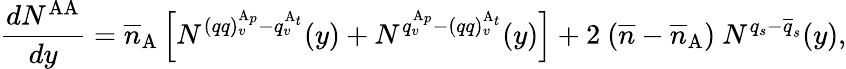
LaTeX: \frac{dN^{\mathrm{AA}}}{dy}=\overline{{{n}}}_{\mathrm{A}}\left[N^{(qq)_{v}^{\mathrm{A}_{p}}-q_{v}^{\mathrm{A}_{t}}}(y)+N^{q_{v}^{\mathrm{A}_{p}}-(qq)_{v}^{\mathrm{A}_{t}}}(y)\right]+2\ (\overline{{{n}}}-\overline{{{n}}}_{\mathrm{A}})\ N^{q_{s}-\overline{{{q}}}_{s}}(y),